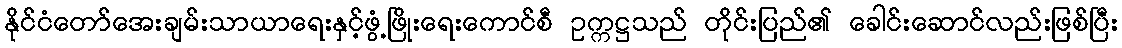
နိုင်ငံတော်အေးချမ်းသာယာရေးနှင့်ဖွံ့ဖြိုးရေးကောင်စီ ဥက္ကဋ္ဌသည် တိုင်းပြည်၏ ခေါင်းဆောင်လည်းဖြစ်ပြီး